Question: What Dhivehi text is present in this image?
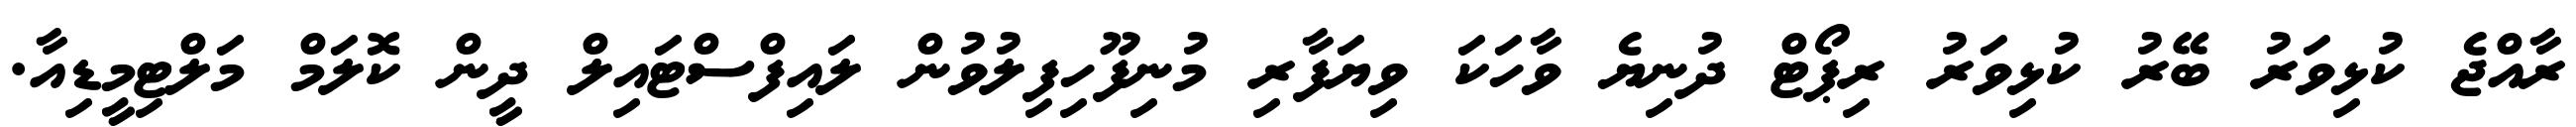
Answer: ރާއްޖެ ކުޅިވަރު ބޭރު ކުޅިވަރު ރިޕޯޓް ދުނިޔެ ވާހަކަ ވިޔަފާރި މުނިފޫހިފިލުވުން ލައިފްސްޓައިލް ދީން ކޮލަމް މަލްޓިމީޑިއާ.